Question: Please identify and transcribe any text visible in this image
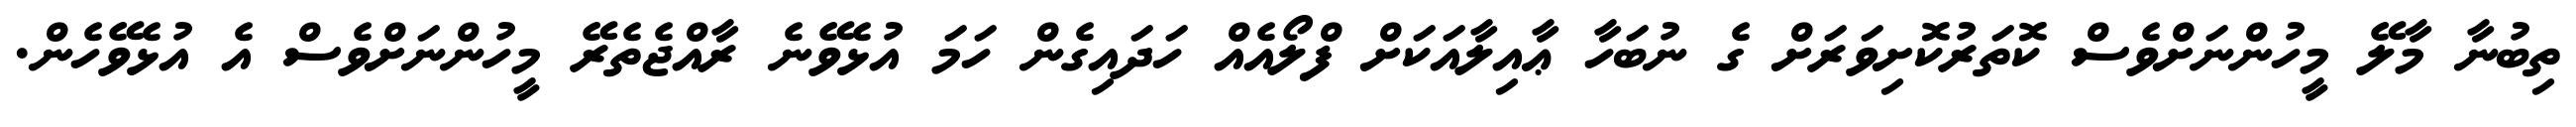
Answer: ތިބުނާ މާލޭ މީހުންނަށްވެސް ކޮތަރުކޮށިވަރަށް ގެ ނުބަހާ ޢާއިލާއަކަށް ފްލޯއެއް ހަދައިގެން ހަމަ އުޅެވޭނެ ރާއްޖެތެރޭ މީހުންނަށްވެސް އެ އުޅެވޭހެން.